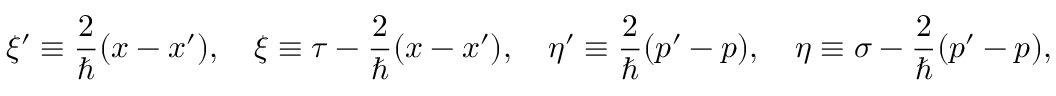
\xi ^ { \prime } \equiv { \frac { 2 } { \hbar } } ( x - x ^ { \prime } ) , \quad \xi \equiv \tau - { \frac { 2 } { \hbar } } ( x - x ^ { \prime } ) , \quad \eta ^ { \prime } \equiv { \frac { 2 } { \hbar } } ( p ^ { \prime } - p ) , \quad \eta \equiv \sigma - { \frac { 2 } { \hbar } } ( p ^ { \prime } - p ) ,